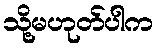
သို့မဟုတ်ပါက